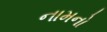
નામનો